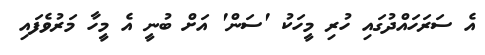
އެ ސަރަހައްދުގައި ހުރި މީހަކު 'ސަން' އަށް ބުނީ އެ މީހާ މަރުވެފައި